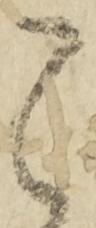
之